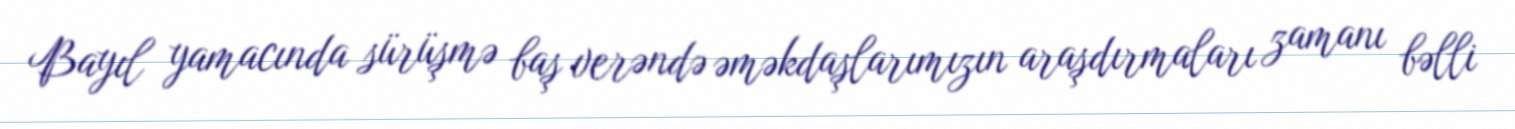
Bayıl yamacında sürüşmə baş verəndə əməkdaşlarımızın araşdırmaları zamanı bəlli